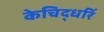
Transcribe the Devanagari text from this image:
केचिद्धरिं